NASA-UAP-D7, Skylab Techincal Crew Debriefing 1973
Page 7
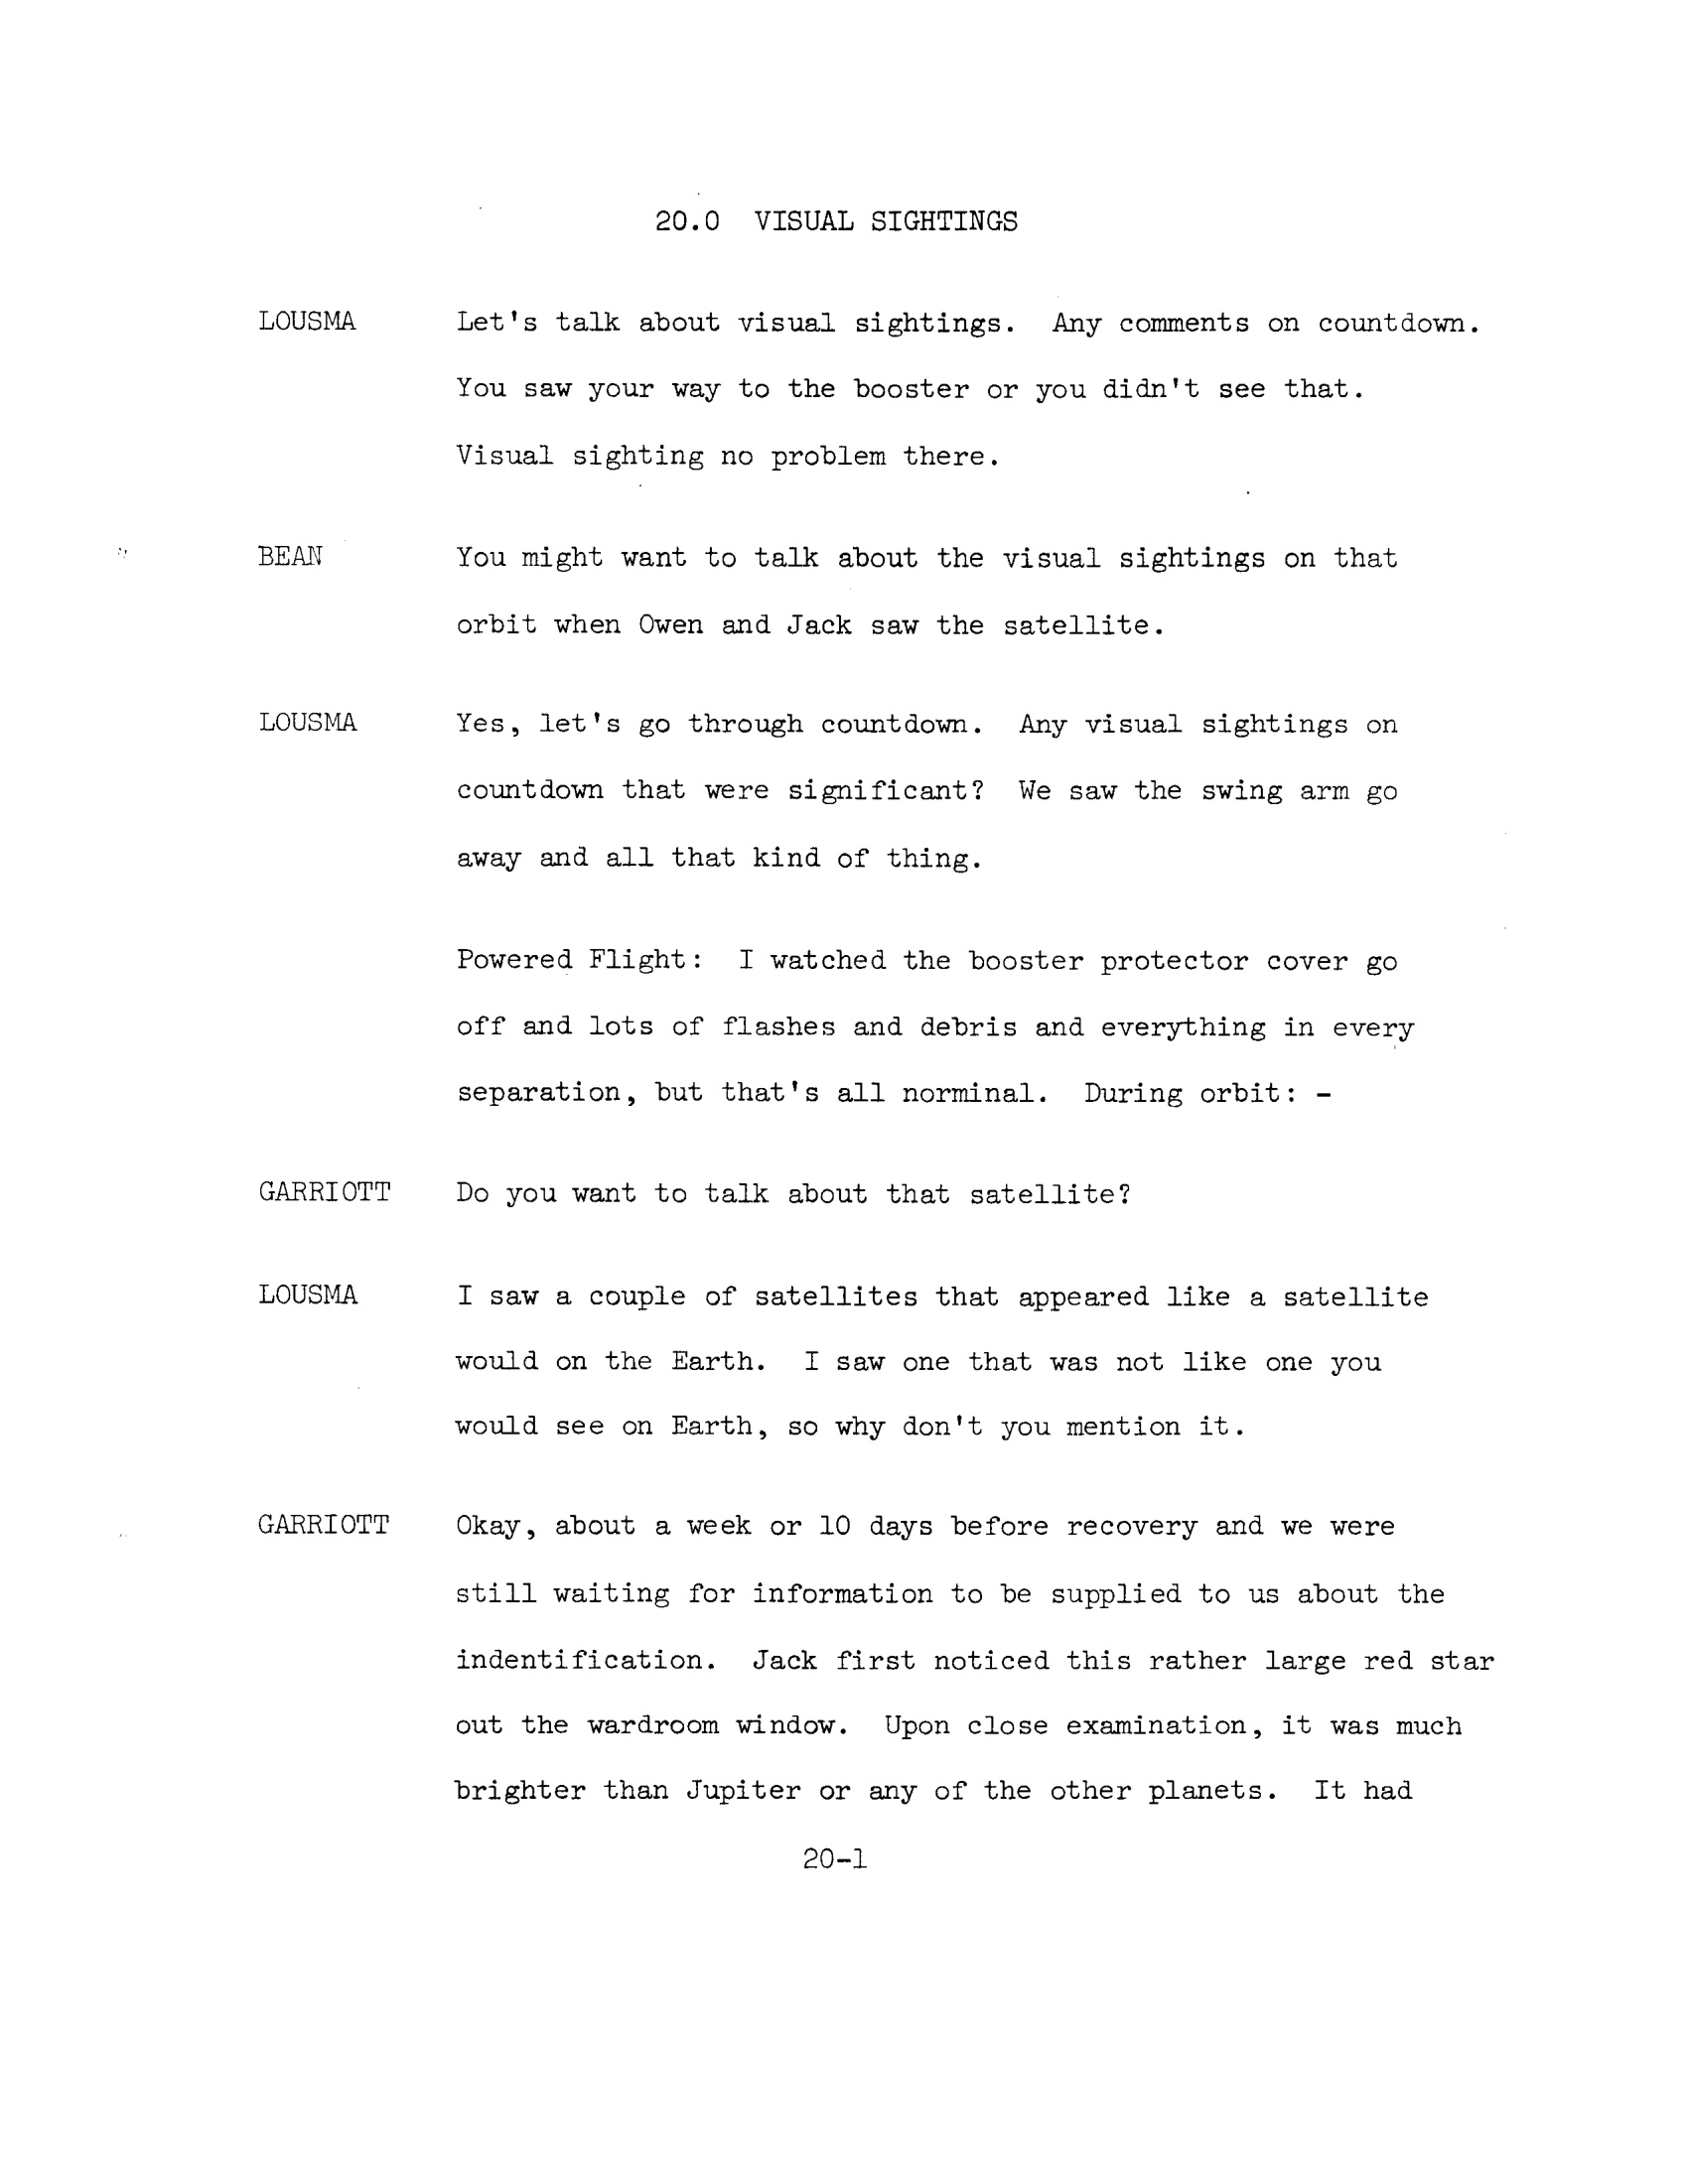